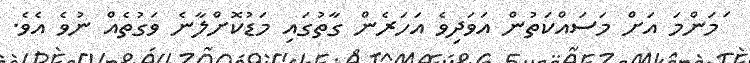
ަމަންމަ އަށް މަސައްކަތުން އަވަދިވެ އަހަރެން ގާތުގައި މަޑުކޮށްލާނެ ވަގުތެއް ނުވެ އެވެ.